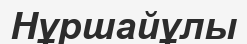
Нұршайұлы